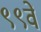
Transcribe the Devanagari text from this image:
९९वें